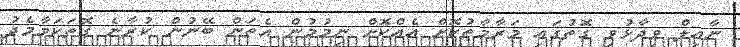
ނާއިލް ވިދާޅުވި ގޮތުގައި މަރާމާތުކޮށް އެއްކޮށް ނިމުމުން އެތަން ބޭނުން ކުރާނެ ގޮތަކަމާމެދު